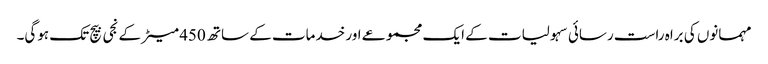
مہمانوں کی براہ راست رسائی سہولیات کے ایک مجموعے اور خدمات کے ساتھ 450 میٹر کے نجی بیچ تک ہوگی۔